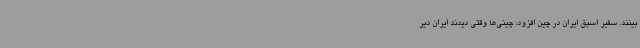
بینند. سفیر اسبق ایران در چین افزود: چینی‌ها وقتی دیدند ایران دیر